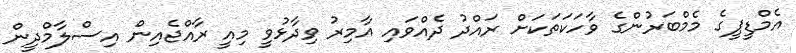
އެމްޑީޕީގެ މެމްބަރުންގެ ވާހަކަތަކަށް ރައްދު ދެއްވައި އާމިރު ވިދާޅުވީ މިއީ ރާއްޖެއިން އިސްލާމްދީން